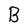
Character: B